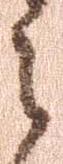
之